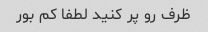
ظرف رو پر کنید لطفا کم بور